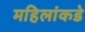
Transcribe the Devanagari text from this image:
महिलांकडे